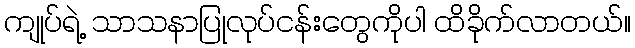
ကျုပ်ရဲ့ သာသနာပြုလုပ်ငန်းတွေကိုပါ ထိခိုက်လာတယ်။